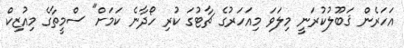
އަހަރެން ޤަބޫލުކުރަނީ މިލަވަ މިއަހަރުގެ ޗާޓުގަ ކުރި ހޯދާނެ ކަމަށް" ސްމީތާގެ މިއުޒިކް